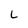
Character: L